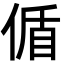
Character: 偱